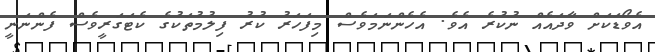
އެވޯޑަކަށް ވާދައެއް ނުކުރެ އެވެ. އެހެންނަމަވެސް މިފަހަރު ކުރު ފިލުމުތަކުގެ ކެޓަގަރީވެސް ފެންނަނީ